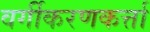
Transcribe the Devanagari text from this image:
वर्गीकरणकर्त्ता